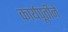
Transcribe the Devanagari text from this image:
कार्यपूर्तीने